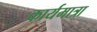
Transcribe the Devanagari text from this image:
कार्यमात्रा